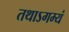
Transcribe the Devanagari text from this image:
तथाऽगम्यं